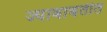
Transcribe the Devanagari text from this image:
ज्याबाबतीत